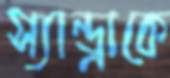
স্যান্ড্রাকে